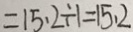
= 1 5 . 2 \div 1 = 1 5 . 2